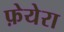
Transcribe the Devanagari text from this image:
फ़ेयेरा